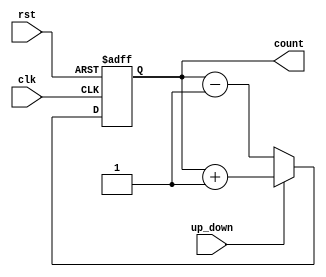
module up_down_counter(
    input wire clk,        // clock input
    input wire rst,        // reset input
    input wire up_down,    // control signal for counting direction
    output reg [3:0] count // output representing the count value
);

reg [3:0] count_next;   // temporary variable to store the next count value

always @(posedge clk or posedge rst) begin
    if (rst) begin
        count <= 4'b0000; // initialize count to zero
    end else begin
        if (up_down) begin
            count_next = count + 1; // increment count if up_down signal is high
        end else begin
            count_next = count - 1; // decrement count if up_down signal is low
        end
        count <= count_next; // update count value
    end
end

endmodule